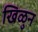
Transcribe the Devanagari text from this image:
खिळुन